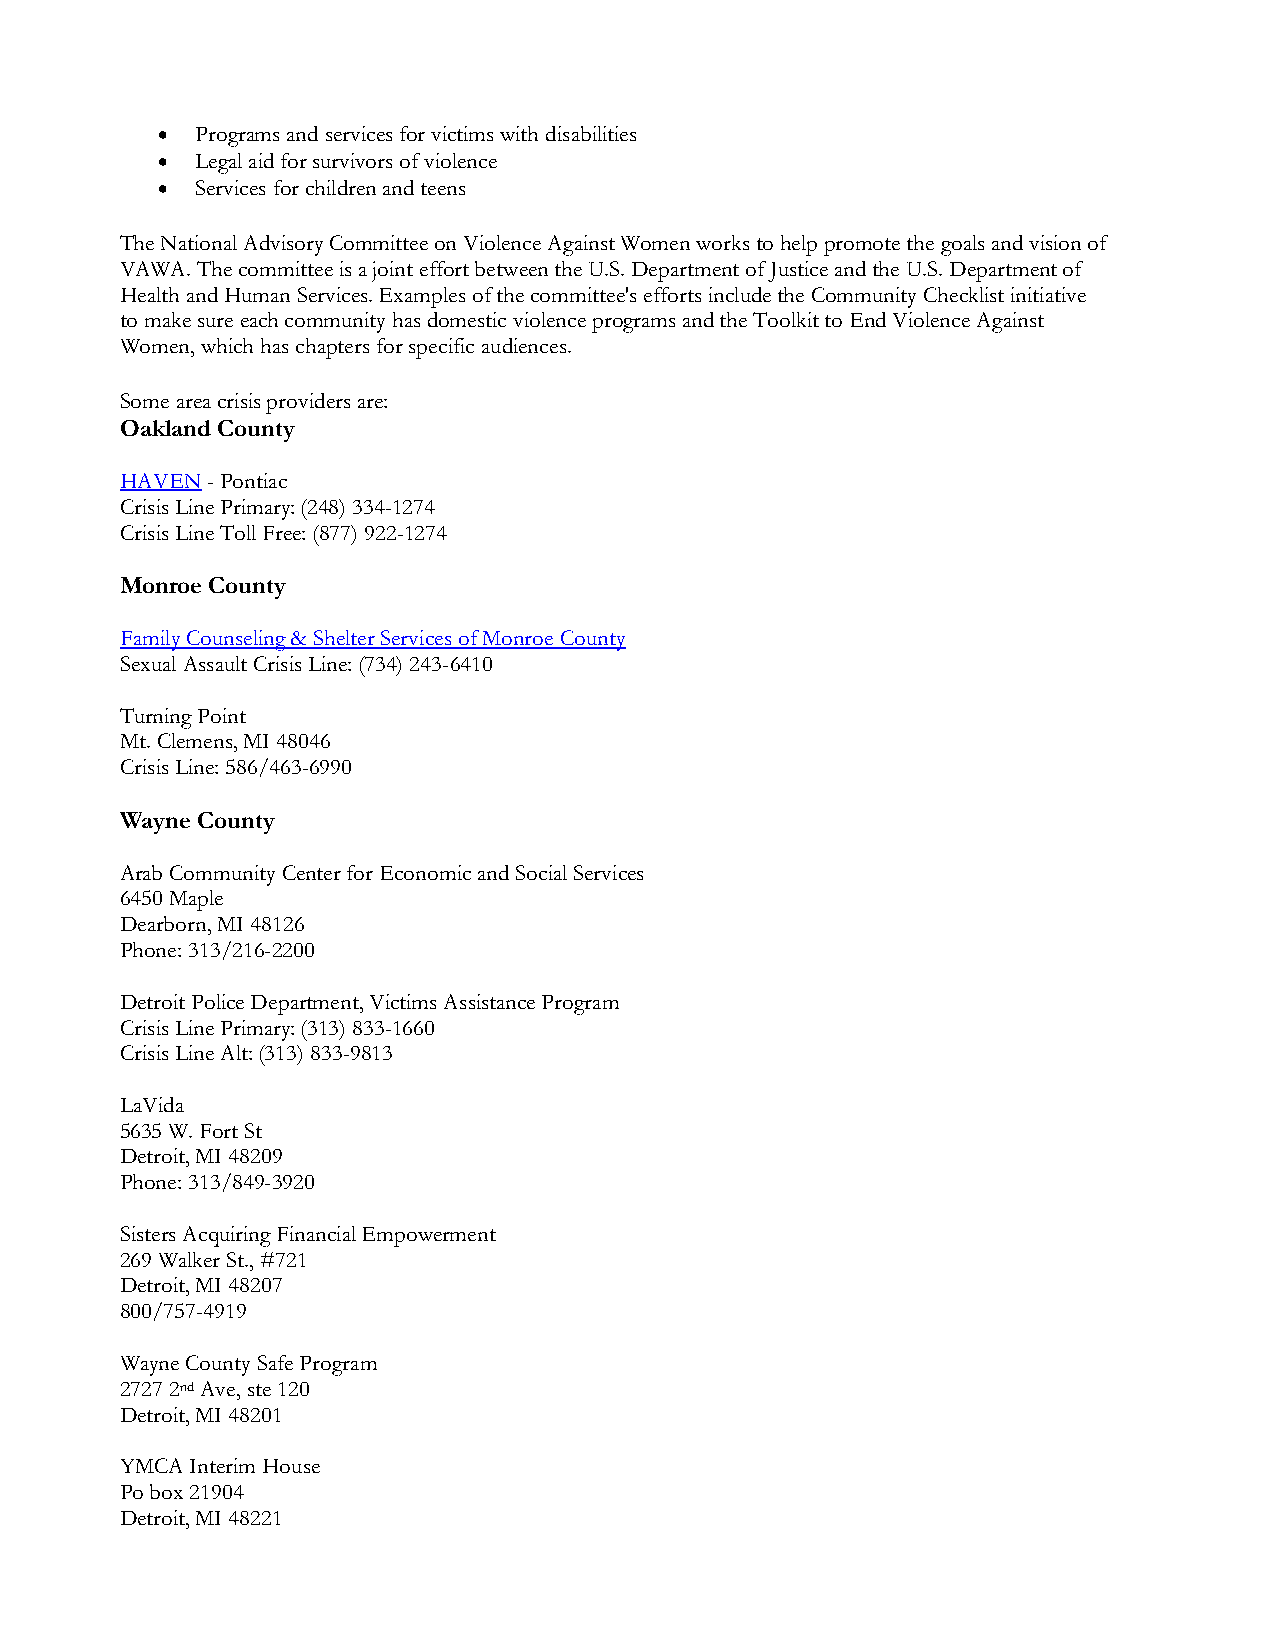
•  Programs and services for victims with disabilities
 •  Legal aid for survivors of violence
 •  Services for children and teens
 The National Advisory Committee on Violence Against Women works to help promote the goals and vision of
 VAWA. The committee is a joint effort between the U.S. Department of Justice and the U.S. Department of
 Health and Human Services. Examples of the committee's efforts include the Community Checklist initiative
 to make sure each community has domestic violence programs and the Toolkit to End Violence Against
 Women, which has chapters for specific audiences.
 Some area crisis providers are:
 Oakland County
 HAVEN - Pontiac
 Crisis Line Primary: (248) 334-1274
 Crisis Line Toll Free: (877) 922-1274
 Monroe County
 Family Counseling & Shelter Services of Monroe County
 Sexual Assault Crisis Line: (734) 243-6410
 Turning Point
 Mt. Clemens, MI 48046
 Crisis Line: 586/463-6990
 Wayne County
 Arab Community Center for Economic and Social Services
 6450 Maple
 Dearborn, MI 48126
 Phone: 313/216-2200
 Detroit Police Department, Victims Assistance Program
 Crisis Line Primary: (313) 833-1660
 Crisis Line Alt: (313) 833-9813
 LaVida
 5635 W. Fort St
 Detroit, MI 48209
 Phone: 313/849-3920
 Sisters Acquiring Financial Empowerment
 269 Walker St., #721
 Detroit, MI 48207
 800/757-4919
 Wayne County Safe Program
 2727 2nd Ave, ste 120
 Detroit, MI 48201
 YMCA Interim House
 Po box 21904
 Detroit, MI 48221